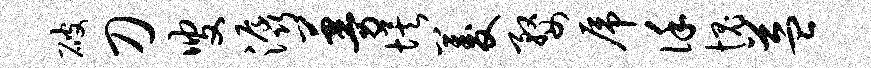
破刀叟潺蔓埃菱婺虎谨愧益